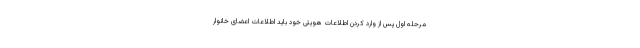
مرحله اول پس از وارد کردن اطلاعات هویتی خود باید اطلاعات اعضای خانوار